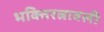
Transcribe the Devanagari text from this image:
भक्तिरत्नावली